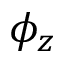
\phi _ { z }